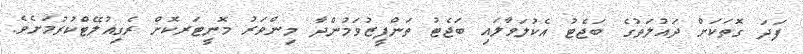
ފަދަ ގޮތަކަށް ދައުލަތުގެ ބަޖެޓު އެކުލަވާލައި ބަޖެޓު ތަންފީޒުވަމުންދާ މިންވަރު މޮނީޓަރކޮށް ރެގިއުލޭޓްކުރުމަށެވެ.